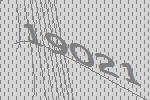
19021